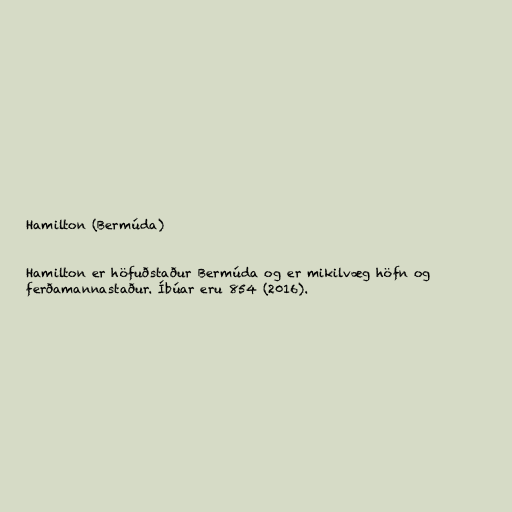
Hamilton (Bermúda)

Hamilton er höfuðstaður Bermúda og er mikilvæg höfn og
ferðamannastaður. Íbúar eru 854 (2016).